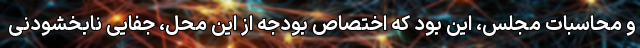
و محاسبات مجلس، این بود که اختصاص بودجه از این محل، جفایی نابخشودنی